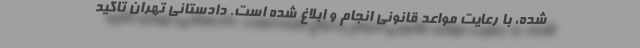
شده، با رعایت مواعد قانونی انجام و ابلاغ شده است. دادستانی تهران تاکید